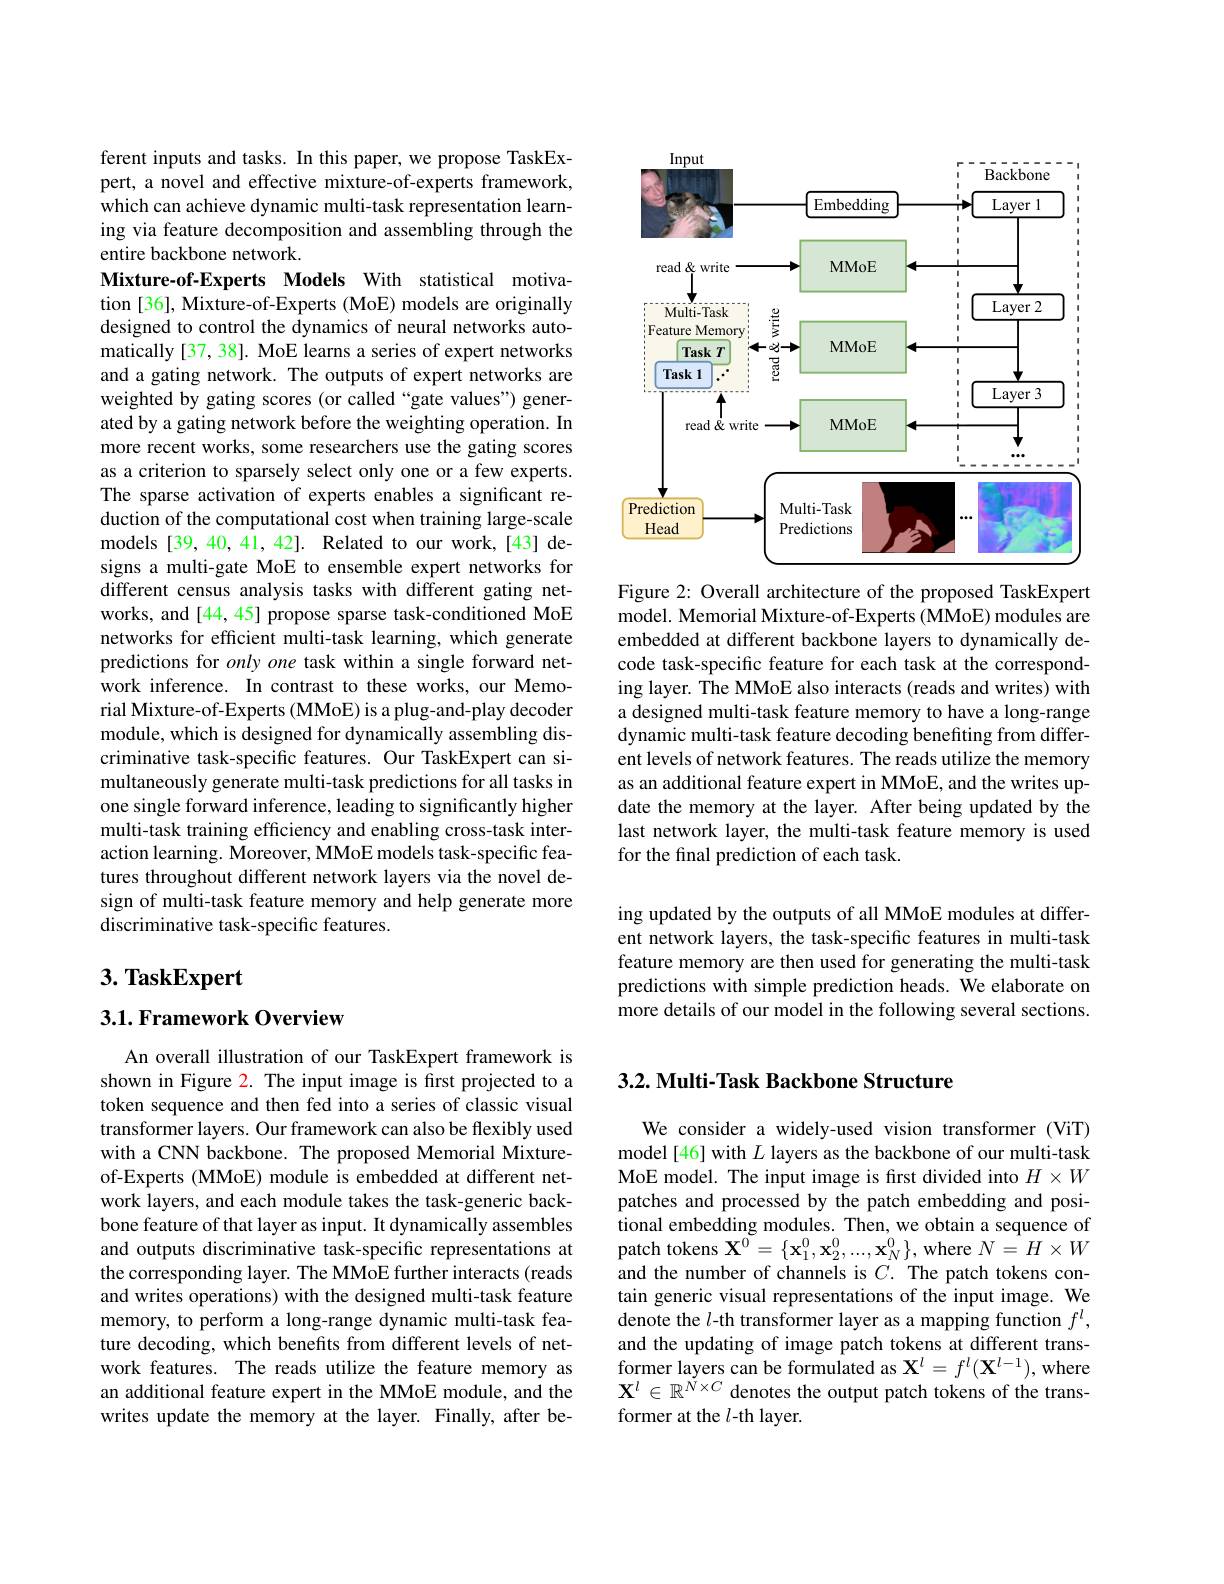
ferent inputs and tasks. In this paper, we propose TaskExpert, a novel and effective mixture-of-experts framework, which can achieve dynamic multi-task representation learning via feature decomposition and assembling through the entire backbone network.

Mixture-of-Experts Models With statistical motivation [36], Mixture-of-Experts (MoE) models are originally designed to control the dynamics of neural networks automatically [37, 38]. MoE learns a series of expert networks and a gating network. The outputs of expert networks are weighted by gating scores (or called“gate values”) generated by a gating network before the weighting operation. In more recent works, some researchers use the gating scores as a criterion to sparsely select only one or a few experts. The sparse activation of experts enables a significant reduction of the computational cost when training large-scale models [39,40,41,42]. Related to our work,[43] designs a multi-gate MoE to ensemble expert networks for different census analysis tasks with different gating networks, and [44, 45] propose sparse task-conditioned MoE networks for efficient multi-task learning, which generate predictions for only one task within a single forward network inference. In contrast to these works, our Memorial Mixture-of-Experts (MMoE) is a plug-and-play decoder module, which is designed for dynamically assembling discriminative task-specific features. Our TaskExpert can simultaneously generate multi-task predictions for all tasks in one single forward inference, leading to significantly higher multi-task training efficiency and enabling cross-task interaction learning. Moreover, MMoE models task-specific features throughout different network layers via the novel design of multi-task feature memory and help generate more discriminative task-specific features.

# $3. \textbf{ TaskExpert}$

3.1. Framework Overview

An overall illustration of our TaskExpert framework is shown in Figure 2. The input image is first projected to a token sequence and then fed into a series of classic visual transformer layers. Our framework can also be flexibly used with a CNN backbone. The proposed Memorial Mixtureof-Experts (MMoE) module is embedded at different network layers, and each module takes the task-generic backbone feature of that layer as input. It dynamically assembles and outputs discriminative task-specific representations at the corresponding layer. The MMoE further interacts (reads and writes operations) with the designed multi-task feature memory, to perform a long-range dynamic multi-task feature decoding, which benefits from different levels of network features. The reads utilize the feature memory as an additional feature expert in the MMoE module, and the writes update the memory at the layer. Finally, after be-

<FigureHere>
Figure 2: Overall architecture of the proposed TaskExpert

model. Memorial Mixture-of-Experts (MMoE) modules are embedded at different backbone layers to dynamically decode task-specific feature for each task at the corresponding layer. The MMoE also interacts (reads and writes) with a designed multi-task feature memory to have a long-range dynamic multi-task feature decoding benefiting from different levels of network features. The reads utilize the memory as an additional feature expert in MMoE, and the writes update the memory at the layer. After being updated by the last network layer, the multi-task feature memory is used for the final prediction of each task.

ing updated by the outputs of all MMoE modules at different network layers, the task-specific features in multi-task feature memory are then used for generating the multi-task predictions with simple prediction heads. We elaborate on more details of our model in the following several sections.

## 3.2. Multi- Task Backbone Structure

We consider a widely-used vision transformer (ViT) model[46] with $L$ layers as the backbone of our multi-task MoE model. The input image is first divided into $H\times W$ patches and processed by the patch embedding and positional embedding modules. Then, we obtain a sequence of patch tokens $\mathbf{X}^0=\{\mathbf{x}_1^0,\mathbf{x}_2^0,...,\mathbf{x}_N^0\}$, where $N=H\times W$ and the number of channels is $C.$ The patch tokens contain generic visual representations of the input image. We denote the $l$-th transformer layer as a mapping function $f^l$, and the updating of image patch tokens at different transformer layers can be formulated as $\mathbf{X}^l=f^l(\mathbf{X}^{l-1})$, where $\mathbf{X}^l\in\mathbb{R}^{\dot{N}\times C}$ denotes the output patch tokens of the transformer at the $l$-th layer.